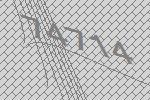
74714